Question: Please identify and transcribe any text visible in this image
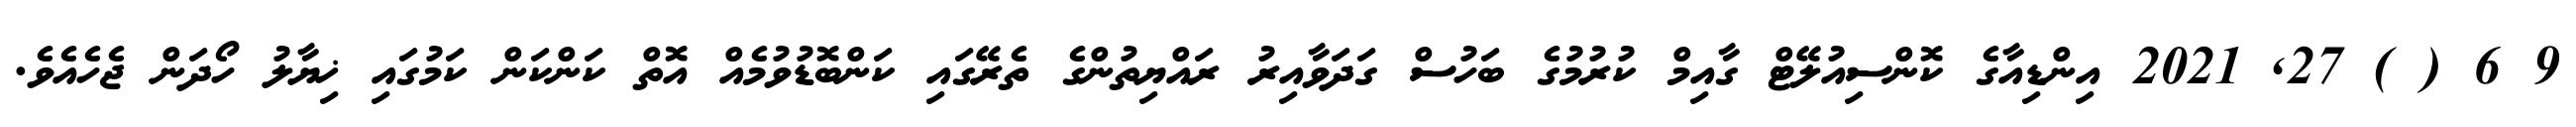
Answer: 9 6 ( ) 27, 2021 އިންޑިއާގެ ކޮންސިއުލޭޓް ގާއިމް ކުރުމުގެ ބަހުސް ގަދަވާއިރު ރައްޔިތުންގެ ތެރޭގައި ކަންބޮޑުވުމެއް އޮތް ކަންކަން ކަމުގައި ޚިޔާލު ހޯދަން ޖެހެއެވެ.